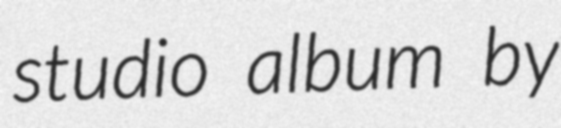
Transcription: studio album by